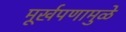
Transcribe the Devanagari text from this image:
मूर्खपणामुळे